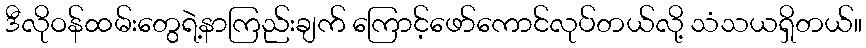
ဒီလိုဝန်ထမ်းတွေရဲ့နာကြည်းချက် ကြောင့်ဖော်ကောင်လုပ်တယ်လို့ သံသယရှိတယ်။